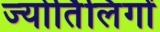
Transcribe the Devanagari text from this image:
ज्‍योर्तिलिंगों